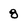
Character: 8